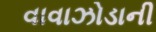
વાવાઝોડાની